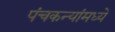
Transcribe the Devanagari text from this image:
पंचकन्यांमध्ये